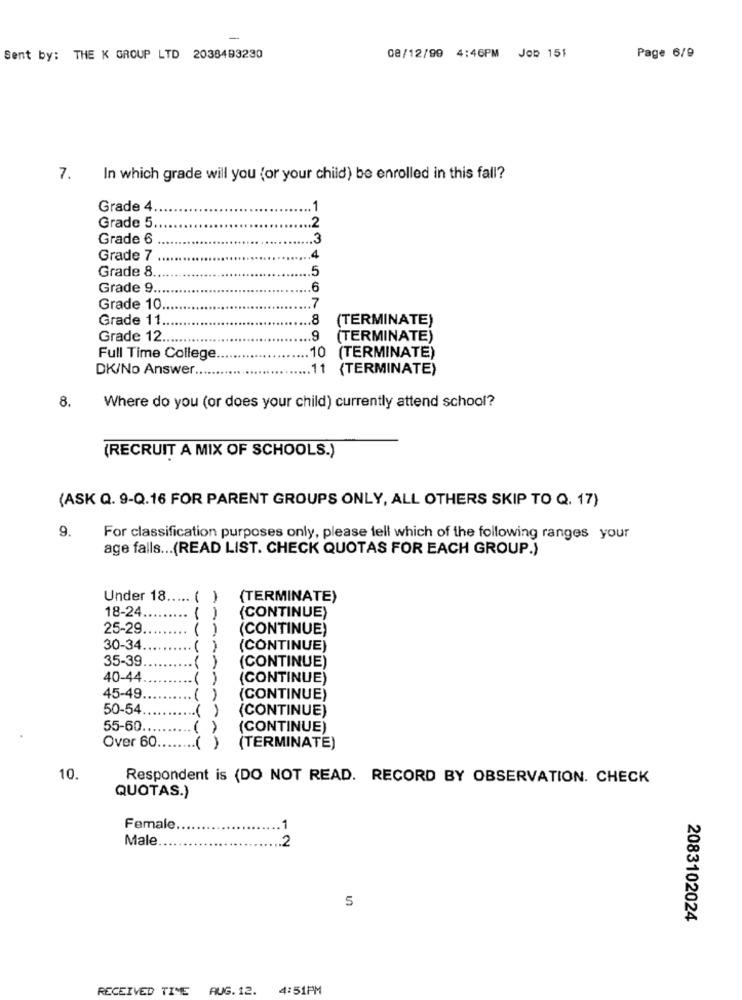
-
Sent by: THE K GROUP LTD 2038493230
08/12/99 4:46PM Job 151
Page 6/9
7.
In which grade will you for your child) be enrolled in this fall?
Grade 4.
.. 1
.2
Grade 5 ..
Grade 6
.3
Grade 7
.4
Grade 8.
.5
Grade 9.
6
Grade 10
.7
Grade 11
.8
(TERMINATE)
Grade 12.
.9
(TERMINATE)
10
Full Time College
(TERMINATE)
DK/No Answer.
11 (TERMINATE)
8.
Where do you (or does your child) currently attend school?
(RECRUIT A MIX OF SCHOOLS.)
(ASK Q. 9-Q.16 FOR PARENT GROUPS ONLY, ALL OTHERS SKIP TO Q. 17)
9.
For classification purposes only, please tell which of the following ranges your
age falls ... (READ LIST. CHECK QUOTAS FOR EACH GROUP.)
Under 18 .....
(TERMINATE)
18-24.
(CONTINUE)
25-29
(CONTINUE)
30-34.
( )
(CONTINUE)
35-39
(CONTINUE)
40-44
(CONTINUE)
45-49
(CONTINUE)
50-54
(CONTINUE)
55-60.
(CONTINUE)
Over 60.
(TERMINATE)
10.
Respondent is (DO NOT READ. RECORD BY OBSERVATION. CHECK
QUOTAS.)
Female
.1
Male
2
5
2083102024
RECEIVED TIME AUG. 12.
4:51PM